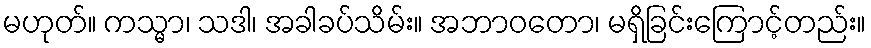
မဟုတ်။ ကသ္မာ၊ သဒါ၊ အခါခပ်သိမ်း။ အဘာဝတော၊ မရှိခြင်းကြောင့်တည်း။